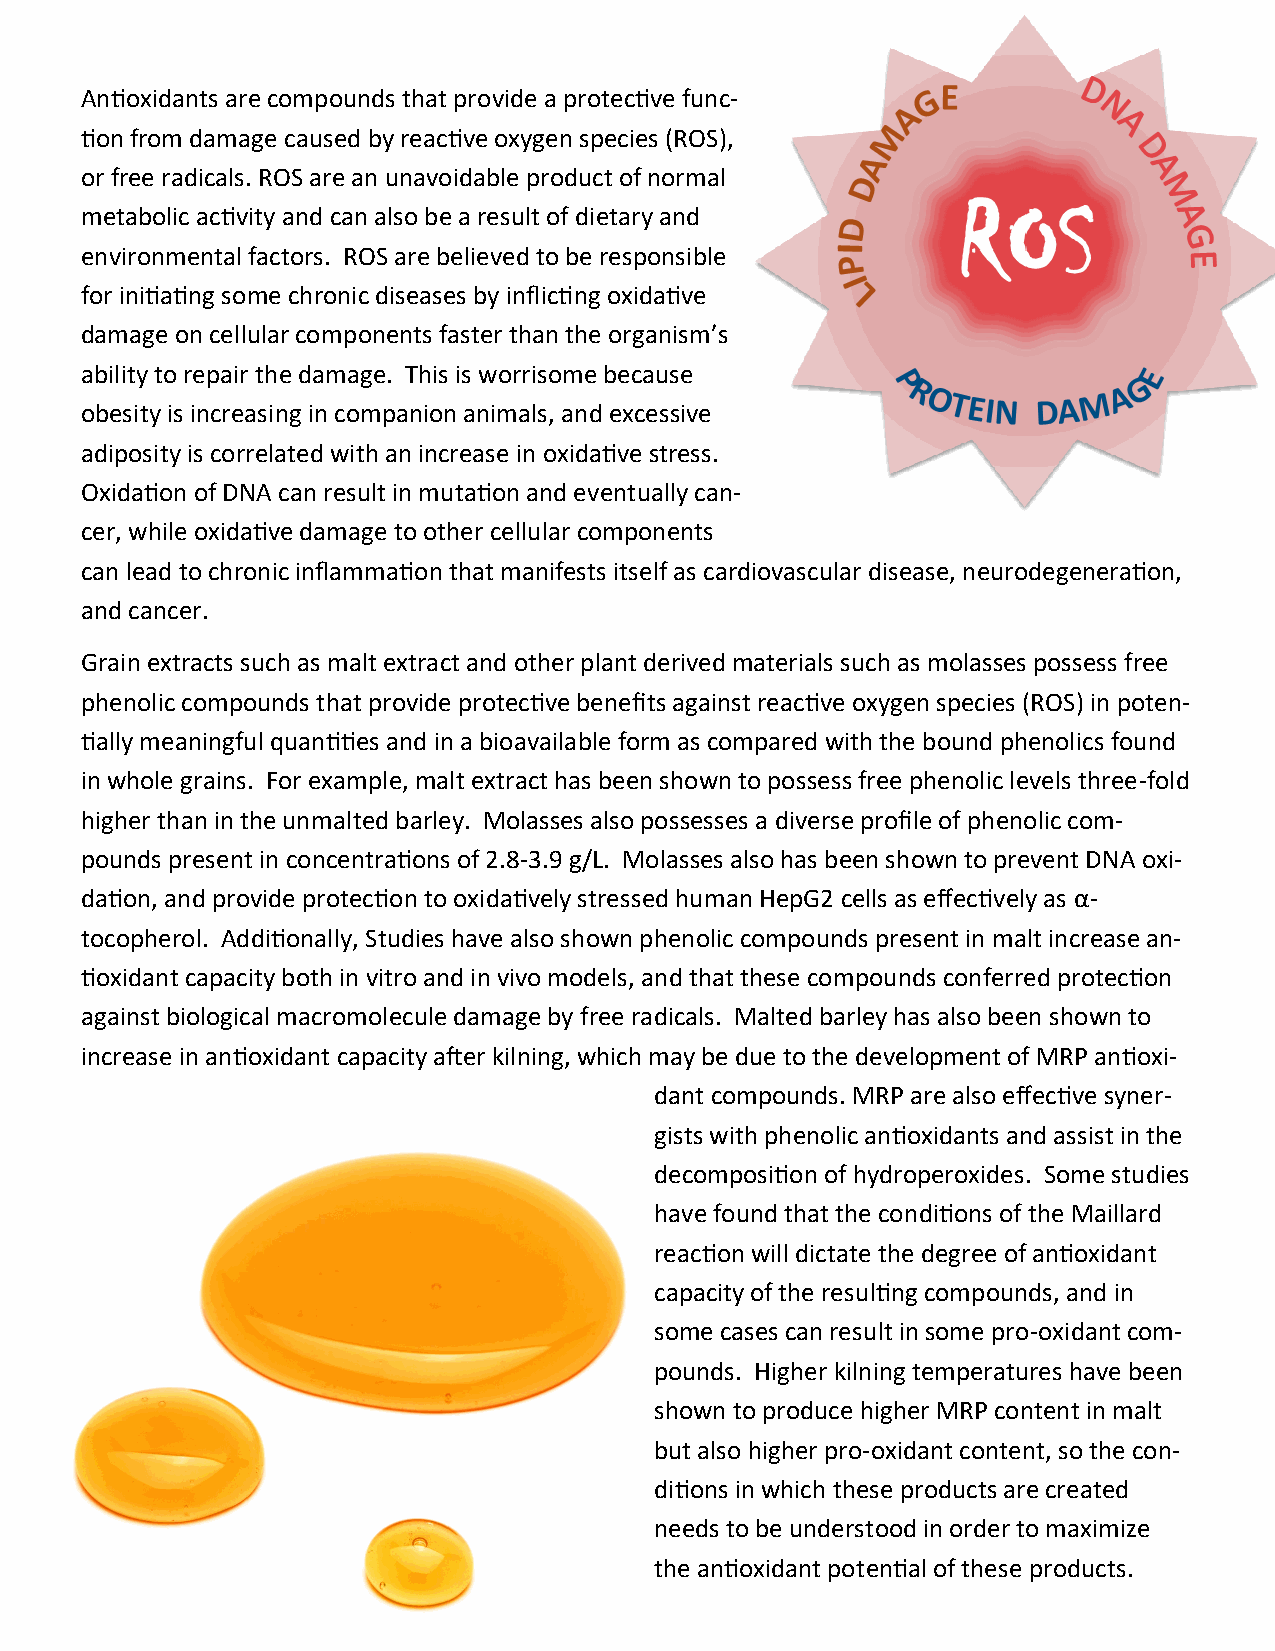
Antioxidants are compounds that provide a protective func-
 tion from damage caused by reactive oxygen species (ROS),
 or free radicals. ROS are an unavoidable product of normal
 metabolic activity and can also be a result of dietary and
 environmental factors. ROS are believed to be responsible
 for initiating some chronic diseases by inflicting oxidative
 damage on cellular components faster than the organism’s
 ability to repair the damage. This is worrisome because
 obesity is increasing in companion animals, and excessive
 adiposity is correlated with an increase in oxidative stress.
 Oxidation of DNA can result in mutation and eventually can-
 cer, while oxidative damage to other cellular components
 can lead to chronic inflammation that manifests itself as cardiovascular disease, neurodegeneration,
 and cancer.
 Grain extracts such as malt extract and other plant derived materials such as molasses possess free
 phenolic compounds that provide protective benefits against reactive oxygen species (ROS) in poten-
 tially meaningful quantities and in a bioavailable form as compared with the bound phenolics found
 in whole grains. For example, malt extract has been shown to possess free phenolic levels three-fold
 higher than in the unmalted barley. Molasses also possesses a diverse profile of phenolic com-
 pounds present in concentrations of 2.8-3.9 g/L. Molasses also has been shown to prevent DNA oxi-
 dation, and provide protection to oxidatively stressed human HepG2 cells as effectively as α-
 tocopherol. Additionally, Studies have also shown phenolic compounds present in malt increase an-
 tioxidant capacity both in vitro and in vivo models, and that these compounds conferred protection
 against biological macromolecule damage by free radicals. Malted barley has also been shown to
 increase in antioxidant capacity after kilning, which may be due to the development of MRP antioxi-
 dant compounds. MRP are also effective syner-
 gists with phenolic antioxidants and assist in the
 decomposition of hydroperoxides. Some studies
 have found that the conditions of the Maillard
 reaction will dictate the degree of antioxidant
 capacity of the resulting compounds, and in
 some cases can result in some pro-oxidant com-
 pounds. Higher kilning temperatures have been
 shown to produce higher MRP content in malt
 but also higher pro-oxidant content, so the con-
 ditions in which these products are created
 needs to be understood in order to maximize
 the antioxidant potential of these products.